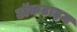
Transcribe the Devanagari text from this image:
टॉकटाइम